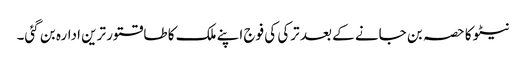
نیٹو کا حصہ بن جانے کے بعد ترکی کی فوج اپنے ملک کا طاقتور ترین ادارہ بن گئی۔